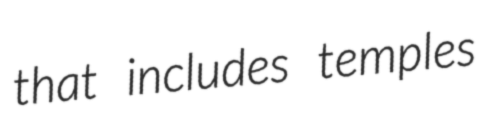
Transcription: that includes temples